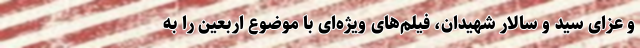
و عزای سید و سالار شهیدان، فیلم‌های ویژه‌ای با موضوع اربعین را به